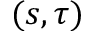
( s , \tau )